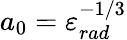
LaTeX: a_{0}=\varepsilon_{rad}^{-1/3}